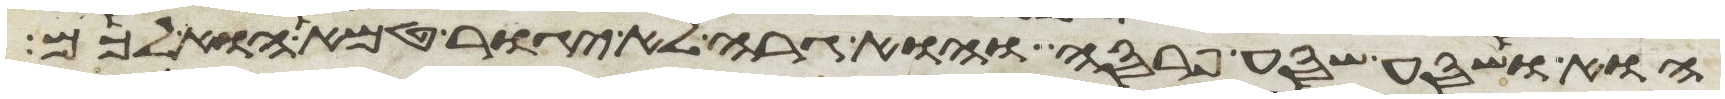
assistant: הוא ושסע שסע פרסה והוא גרה לא יגור טמא הוא לכם